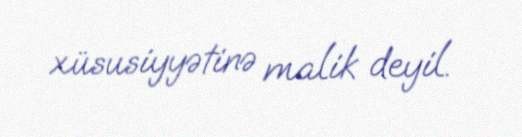
xüsusiyyətinə malik deyil.